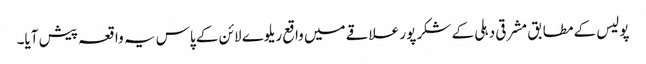
پولیس کے مطابق مشرقی دہلی کے شکر پور علاقے میں واقع ریلوے لائن کے پاس یہ واقعہ پیش آیا۔